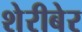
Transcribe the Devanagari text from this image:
शेरीबेर